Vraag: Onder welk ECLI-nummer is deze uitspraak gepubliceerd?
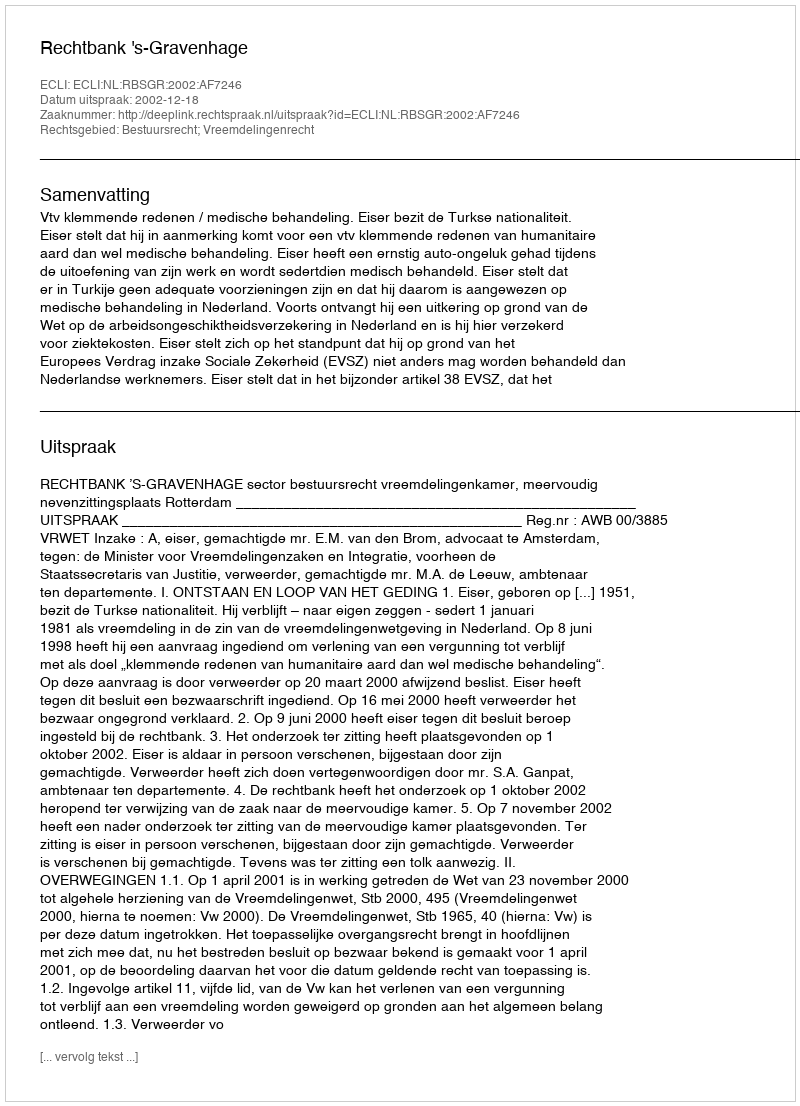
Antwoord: ECLI:NL:RBSGR:2002:AF7246